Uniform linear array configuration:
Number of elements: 12
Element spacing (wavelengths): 1
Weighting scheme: uniform
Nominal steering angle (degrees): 45
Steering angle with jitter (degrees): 44.974
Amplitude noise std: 0.05
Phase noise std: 0.05

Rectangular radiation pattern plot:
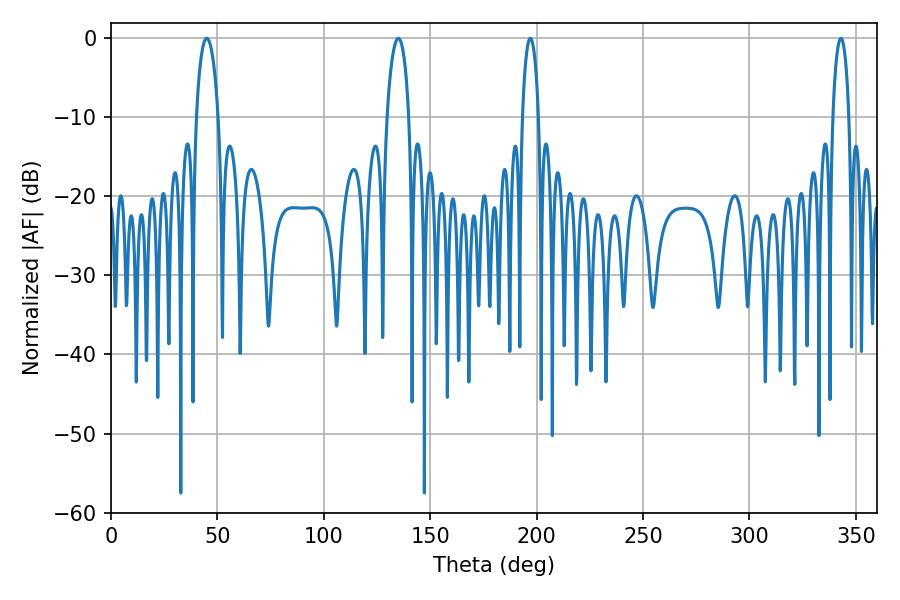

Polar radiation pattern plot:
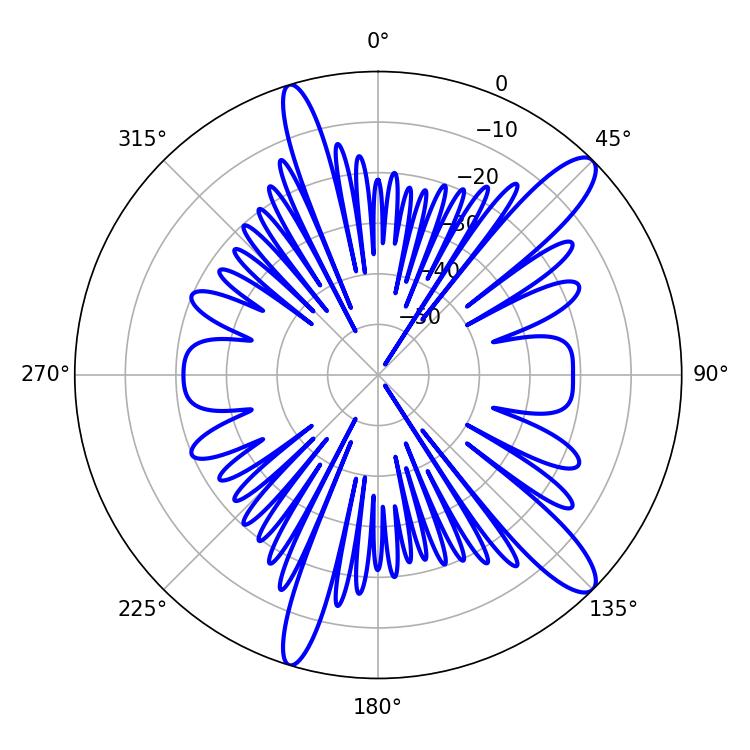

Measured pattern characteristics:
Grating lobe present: TRUE
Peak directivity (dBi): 12.502
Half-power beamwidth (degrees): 5.94
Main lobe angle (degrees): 45